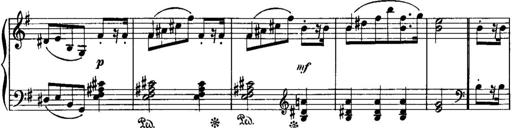
Title: Piano Sonatina No.1, Op.146
Composer: Stephen Heller